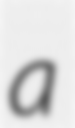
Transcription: a